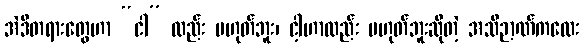
အဲဒီတရားတွေဟာ “ငါ” လည်း မဟုတ်ဘူး၊ ငါ့ဟာလည်း မဟုတ်ဘူးဆိုတဲ့ အသိဉာဏ်ကလေး